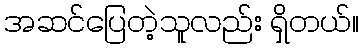
အဆင်ပြေတဲ့သူလည်း ရှိတယ်။